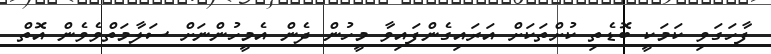
ފާހަގަވި ކަމަކީ ބޮޑެތި ކުށްތަކަށް އަރައިގެންފައިވާ މީހުން ދެން އެމީހުންނަށް ސަލާމަތްވެވެން އޮތް